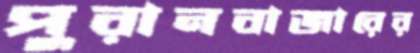
পুরানবাজারের